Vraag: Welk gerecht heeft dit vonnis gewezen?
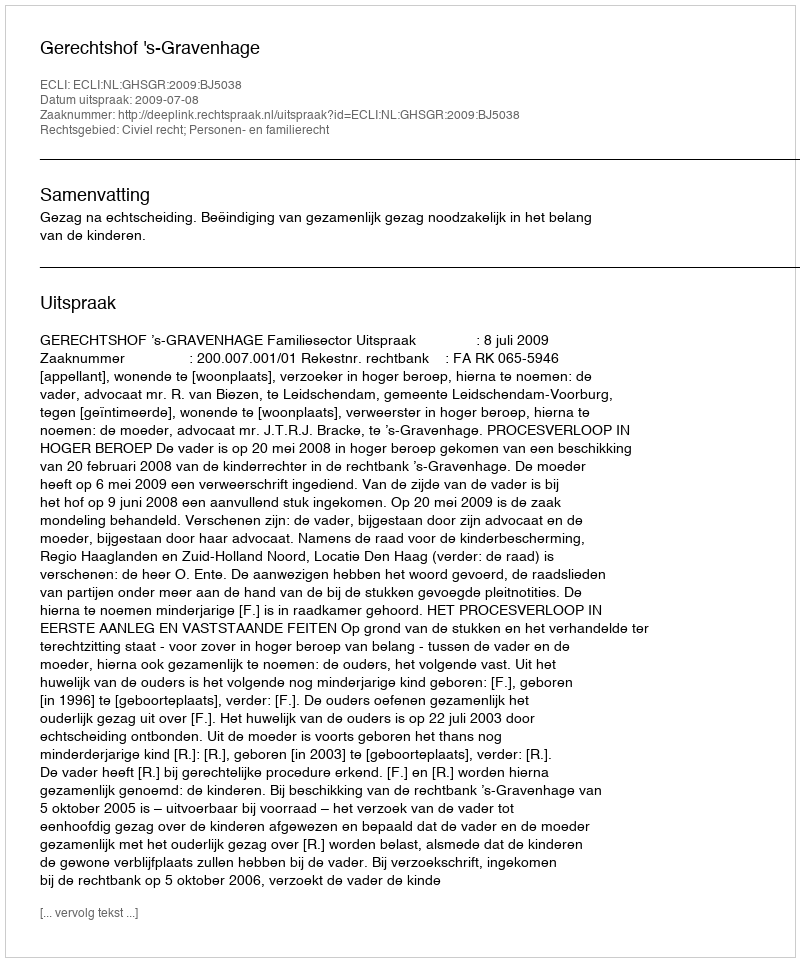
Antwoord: Gerechtshof 's-Gravenhage